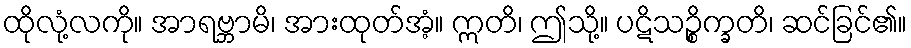
ထိုလုံ့လကို။ အာရဗ္ဘာမိ၊ အားထုတ်အံ့။ ဣတိ၊ ဤသို့။ ပဋိသဉ္စိက္ခတိ၊ ဆင်ခြင်၏။